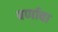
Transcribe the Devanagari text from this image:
वर्णावा